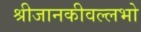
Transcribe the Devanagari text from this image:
श्रीजानकीवल्लभो